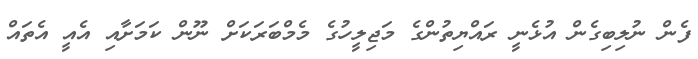
ފެން ނުލިބިގެން އުޅެނީ ރައްޔިތުންގެ މަޖިލީހުގެ މެމްބަރަކަށް ނޫން ކަމަށާއި އެއީ އެތައް